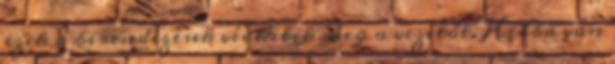
ezek a berendezések védhetik meg a vezetőt. Hiába van